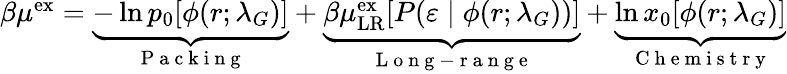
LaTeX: \begin{array}{r}{\beta\mu^{\mathrm{{ex}}}=\underbrace{-\ln p_{0}[\phi(r;\lambda_{G})]}_{\mathrm{~P~a~c~k~i~n~g~}}+\underbrace{\beta\mu_{\mathrm{{LR}}}^{\mathrm{{ex}}}[P(\varepsilon\; |\; \phi(r;\lambda_{G}))]}_{\mathrm{~L~o~n~g~-~r~a~n~g~e~}}+\underbrace{\ln x_{0}[\phi(r;\lambda_{G})]}_{\mathrm{~C~h~e~m~i~s~t~r~y~}}}\end{array}